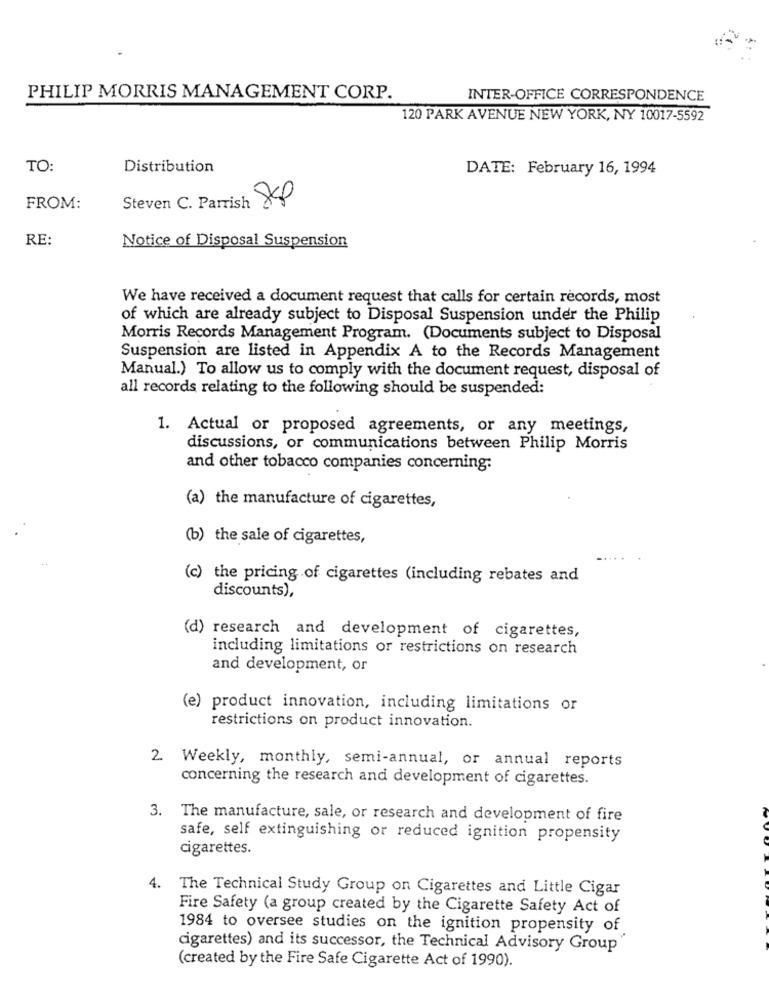
PHILIP MORRIS MANAGEMENT CORP.
INTER-OFFICE CORRESPONDENCE
120 PARK AVENUE NEW YORK, NY 10017-5592
TO:
Distribution
DATE: February 16, 1994
FROM:
Steven C. Parrish 848
RE:
Notice of Disposal Suspension
We have received a document request that calls for certain records, most
of which are already subject to Disposal Suspension under the Philip
Morris Records Management Program. (Documents subject to Disposal
Suspension are listed in Appendix A to the Records Management
Manual.) To allow us to comply with the document request, disposal of
all records relating to the following should be suspended:
1. Actual or proposed agreements, or any meetings,
discussions, or communications between Philip Morris
and other tobacco companies concerning:
(a) the manufacture of cigarettes,
(b) the sale of cigarettes,
(c) the pricing of cigarettes (including rebates and
discounts),
(d) research and development of cigarettes,
including limitations or restrictions on research
and development, or
(e) product innovation, including limitations or
restrictions on product innovation.
2. Weekly, monthly, semi-annual, or annual reports
concerning the research and development of cigarettes.
3. The manufacture, sale, or research and development of fire
safe, self extinguishing or reduced ignition propensity
cigarettes.
4. The Technical Study Group on Cigarettes and Little Cigar
Fire Safety (a group created by the Cigarette Safety Act of
1984 to oversee studies on the ignition propensity of
cigarettes) and its successor, the Technical Advisory Group
(created by the Fire Safe Cigarette Act of 1990).